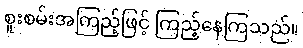
စူးစမ်းအကြည့်ဖြင့် ကြည့်နေကြသည်။